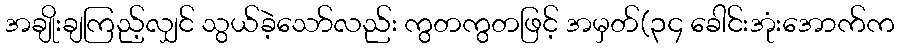
အချိုးချကြည့်လျှင် သွယ်ခဲ့သော်လည်း ကွတကွတဖြင့် အမှတ်(၃၄ ခေါင်းအုံးအောက်က